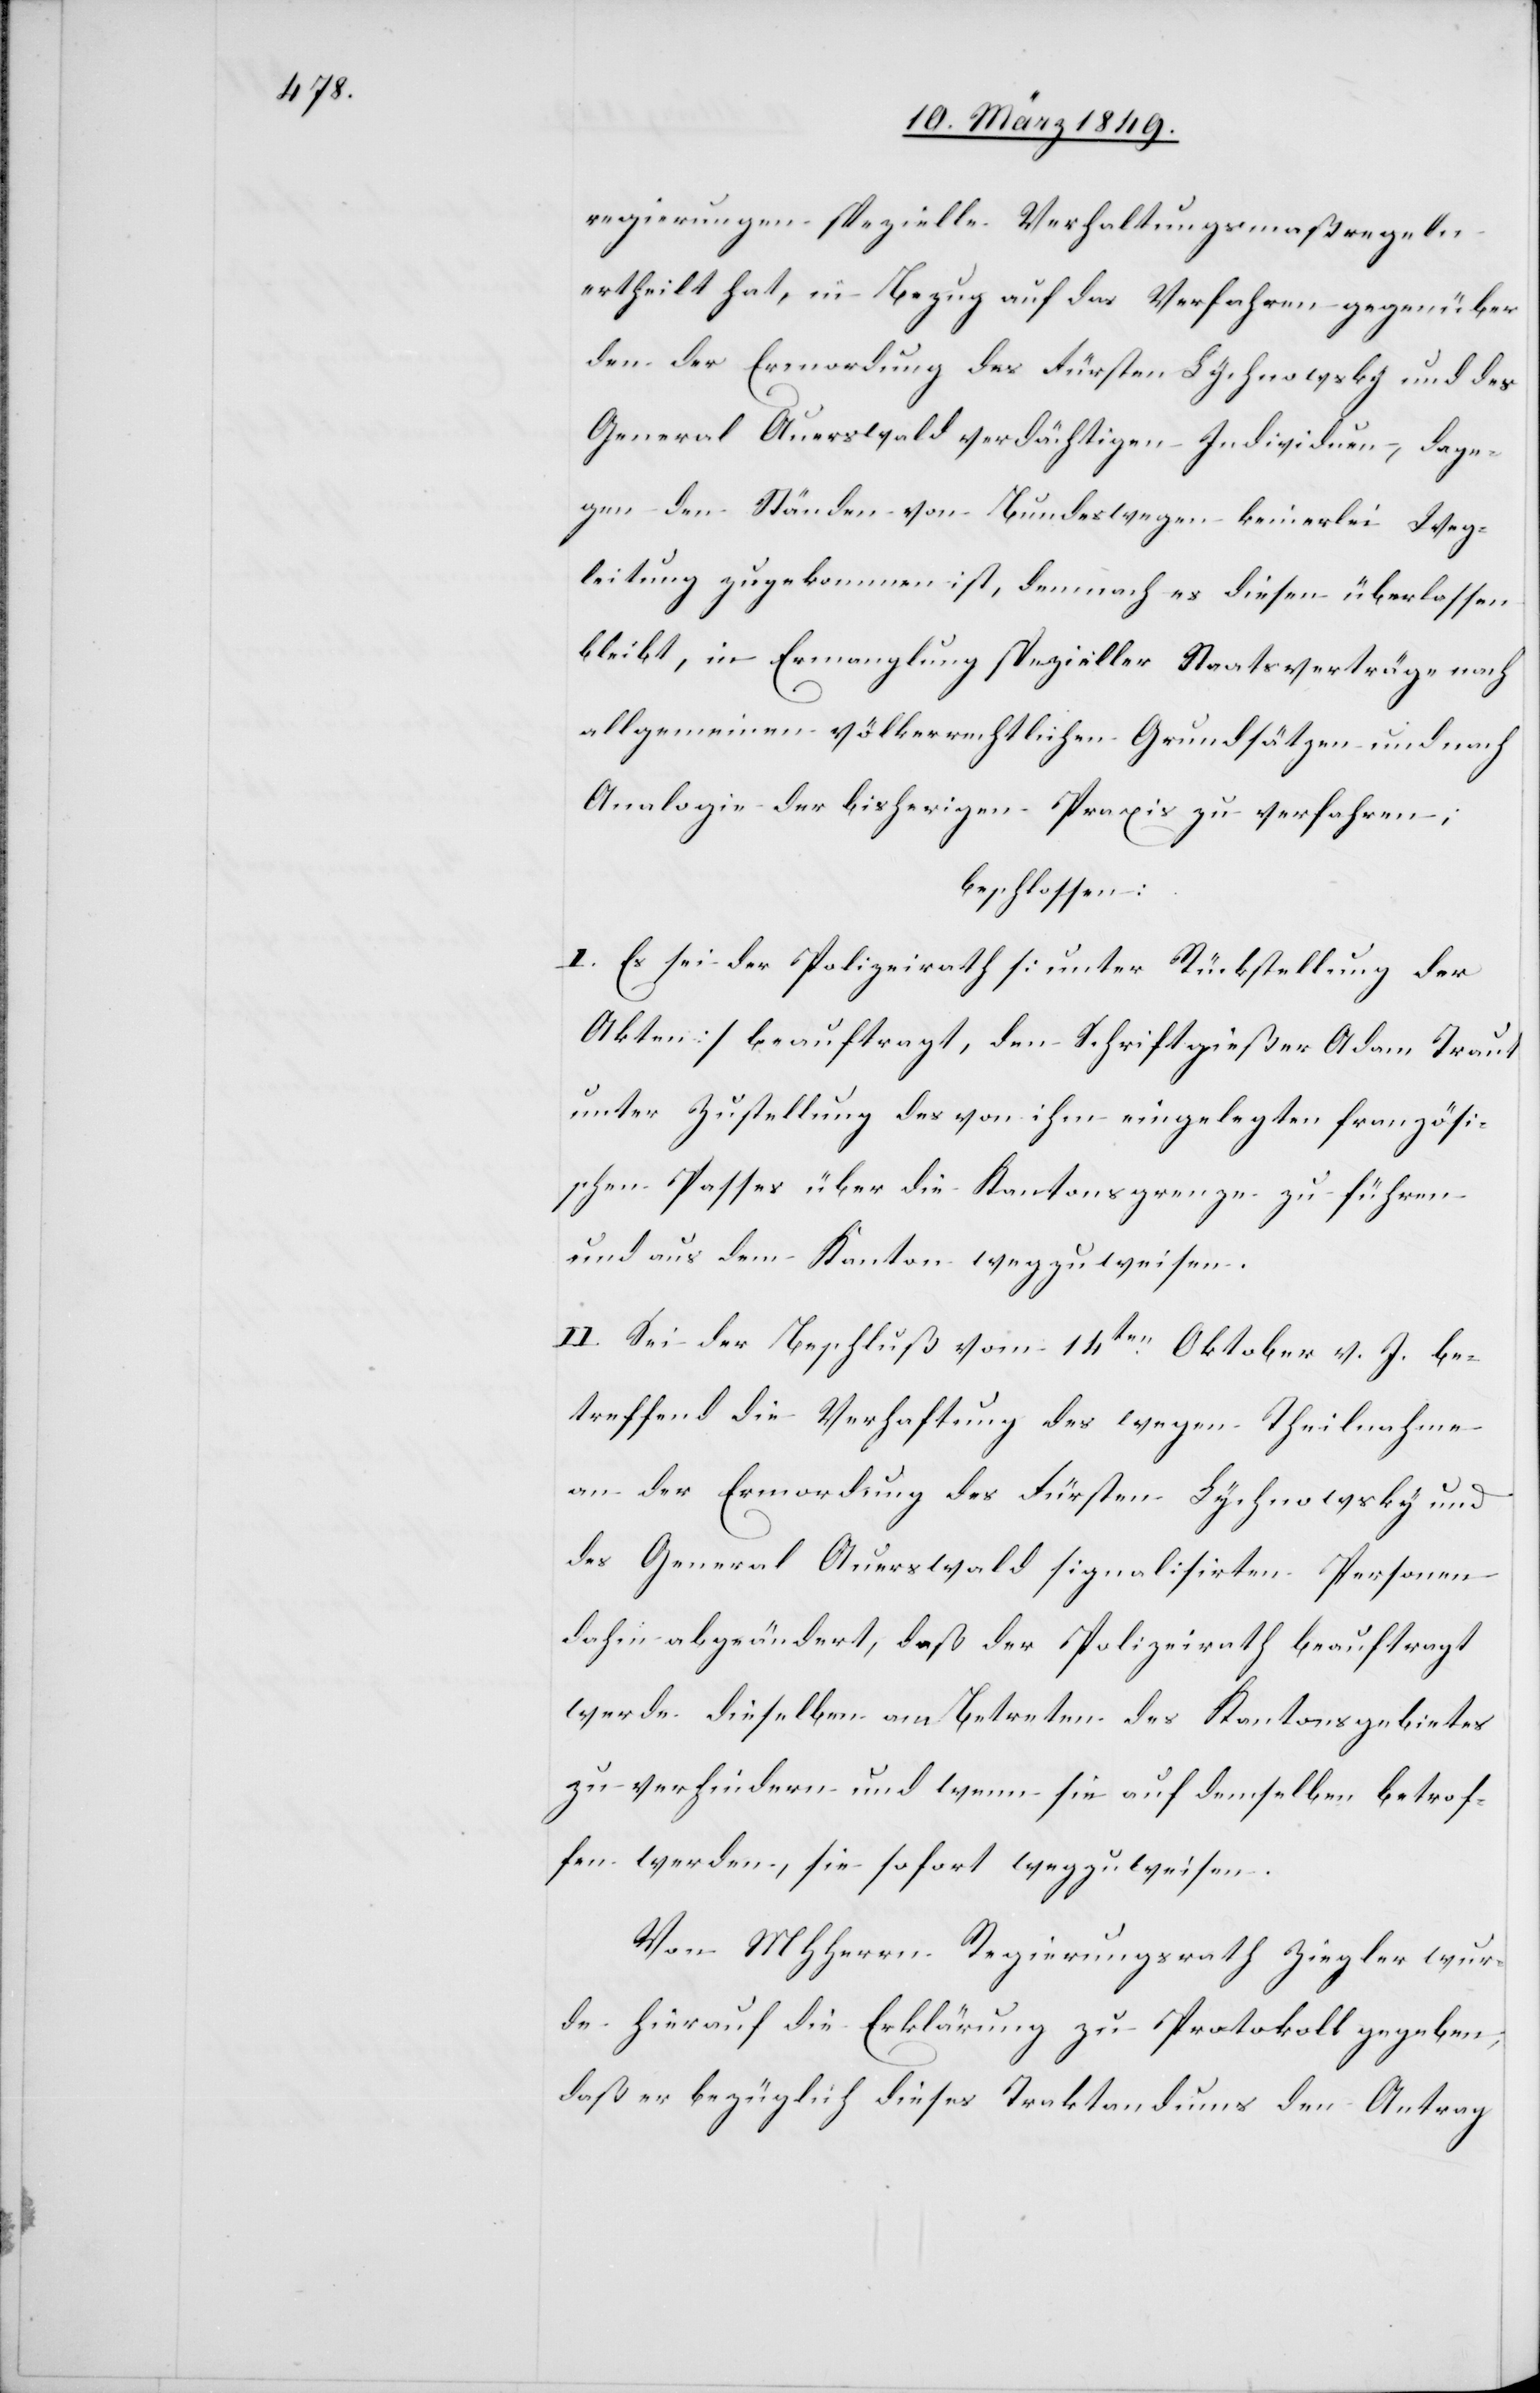
regierungen spezielle Verhaltungsmaßregeln
ertheilt hat, in Bezug auf das Verfahren gegenüber
den der Ermordung des Fürsten Lychnowsky und des
General Auerswald verdächtigen Individuen, dage¬
gen den Ständen von Bundes wegen keinerlei Weg¬
leitung zugekommen ist, demnach es diesen überlassen
bleibt, in Ermanglung spezieller Staatsverträge nach
allgemeinen völkerrechtlichen Grundsätzen und nach
Analogie der bisherigen Praxis zu verfahren;
beschlossen:
I. Es sei der Polizeirath [unter Rückstellung der
Akten] beauftragt, den Schriftgießer Adam Traut
unter Zustellung des von ihm eingelegten französi¬
schen Passes über die Kantonsgrenze zu führen
und aus dem Kanton wegzuweisen.
II. Sei der Beschluß vom 14ten. Oktober v. J. be¬
treffend die Verhaftung des wegen Theilnahme
an der Ermordung des Fürsten Lychnowsky und
des General Auerswald signalisirten Personen
dahin abgeändert, daß der Polizeirath beauftragt
werde dieselben am Betreten des Kantonsgebietes
zu verhindern und wenn sie auf demselben betrof¬
fen werden, sie sofort wegzuweisen.
Von MHHerrn Regierungsrath Ziegler wur¬
de hierauf die Erklärung zu Protokoll gegeben,
daß er bezüglich dieses Traktandums den Antrag